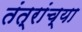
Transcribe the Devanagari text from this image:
तंत्रांच्या